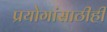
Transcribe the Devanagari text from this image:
प्रयोगांसाठीही